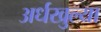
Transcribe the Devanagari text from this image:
अर्धखुल्या